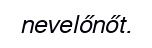
nevelőnőt.